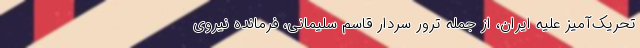
تحریک‌آمیز علیه ایران، از جمله ترور سردار قاسم سلیمانی، فرمانده نیروی